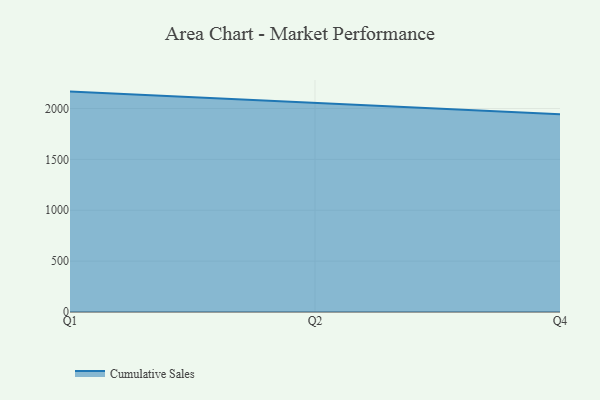
{"axis": {"x": "Quarter", "y": "Temperature (°C)"}, "legend": ["Cumulative Sales"], "data": [{"x": "Q1", "y": 2166.0, "type": "Cumulative Sales"}, {"x": "Q2", "y": 2056.9, "type": "Cumulative Sales"}, {"x": "Q4", "y": 1942.3, "type": "Cumulative Sales"}]}